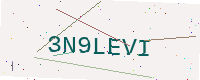
Text: 3N9LEVI